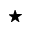
\star